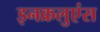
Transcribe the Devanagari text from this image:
इनक्रलुएंस